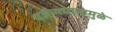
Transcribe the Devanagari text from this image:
पर्जन्यमानामुळे